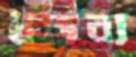
ধর্তব্য